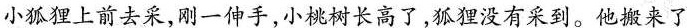
小狐狸上前去采，刚一伸手，小桃树长高了，狐狸没有采到。他搬来了